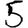
Digit: 5